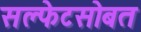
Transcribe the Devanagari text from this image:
सल्फेटसोबत